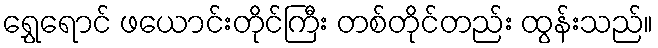
ရွှေရောင် ဖယောင်းတိုင်ကြီး တစ်တိုင်တည်း ထွန်းသည်။